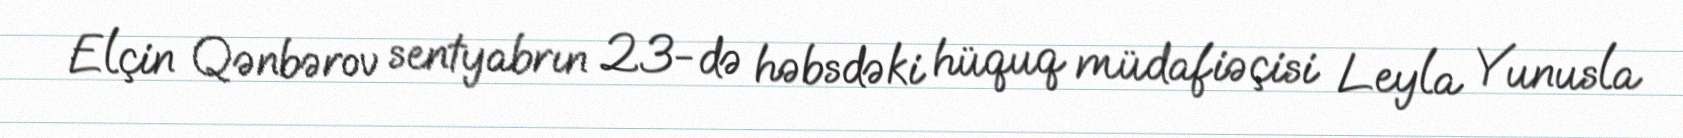
Elçin Qənbərov sentyabrın 23-də həbsdəki hüquq müdafiəçisi Leyla Yunusla